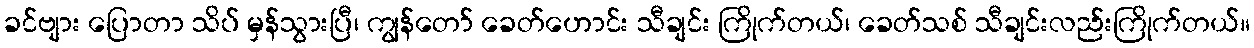
ခင်ဗျား ပြောတာ သိပ် မှန်သွားပြီ၊ ကျွန်တော် ခေတ်ဟောင်း သီချင်း ကြိုက်တယ်၊ ခေတ်သစ် သီချင်းလည်းကြိုက်တယ်။